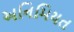
અનિમિયત